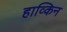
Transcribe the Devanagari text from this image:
हाव्किन